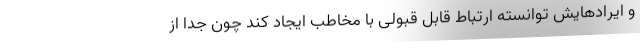
و ایرادهایش توانسته ارتباط قابل قبولی با مخاطب ایجاد کند چون جدا از